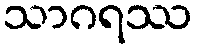
သာဂရဿ